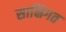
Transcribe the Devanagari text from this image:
साक्षिगत